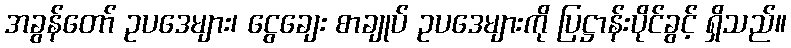
အခွန်တော် ဥပဒေများ၊ ငွေချေး စာချုပ် ဥပဒေများကို ပြဋ္ဌာန်းပိုင်ခွင့် ရှိသည်။